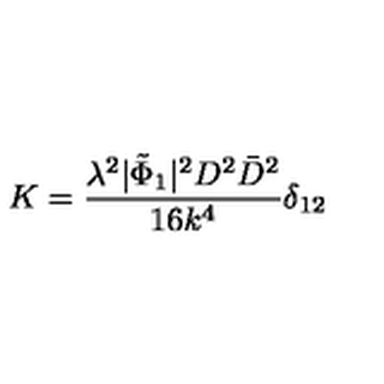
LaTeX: K = \frac { \lambda ^ { 2 } | \tilde { \Phi } _ { 1 } | ^ { 2 } D ^ { 2 } \bar { D } ^ { 2 } } { 1 6 k ^ { 4 } } \delta _ { 1 2 }